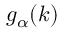
g _ { \alpha } ( k )